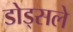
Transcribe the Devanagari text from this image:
डोड्सले